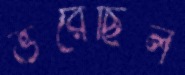
ভরেছিল